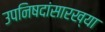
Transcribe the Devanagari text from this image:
उपनिषदांसारख्या